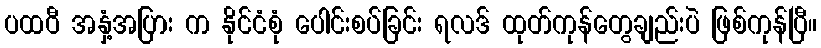
ပထဝီ အနှံ့အပြား က နိုင်ငံစုံ ပေါင်းစပ်ခြင်း ရလဒ် ထုတ်ကုန်တွေချည်းပဲ ဖြစ်ကုန်ပြီ။